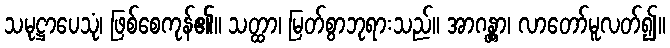
သမုဋ္ဌာပေသုံ၊ ဖြစ်စေကုန်၏။ သတ္ထာ၊ မြတ်စွာဘုရားသည်။ အာဂန္တွာ၊ လာတော်မူလတ်၍။